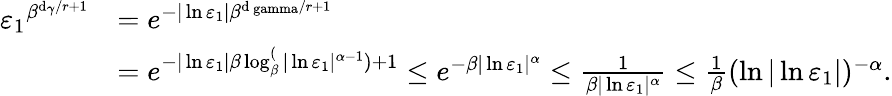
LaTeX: \begin{array}{rl}{{\varepsilon_{1}}^{\beta^{\mathrm d_{\gamma}/r+1}}}&{={e^{-|\ln{\varepsilon_{1}}|\beta^{\mathrm{d_{\ gamma}}/r+1}}}}\\ &{={e^{-|\ln{\varepsilon_{1}}|\beta\log_{{\beta}}^(|\ln{\varepsilon_{1}}{|^{\alpha-1}})+1}}\leq{e^{-{\beta}|\ln{\varepsilon_{1}}{|^{\alpha}}}}\leq\frac{1}{\beta|\ln{\varepsilon_{1}}{|^{\alpha}}}\leq\frac{1}{\beta}(\ln|\ln\varepsilon_{1}|)^{-\alpha}.}\end{array}